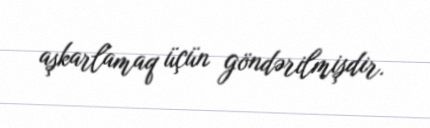
aşkarlamaq üçün göndərilmişdir.